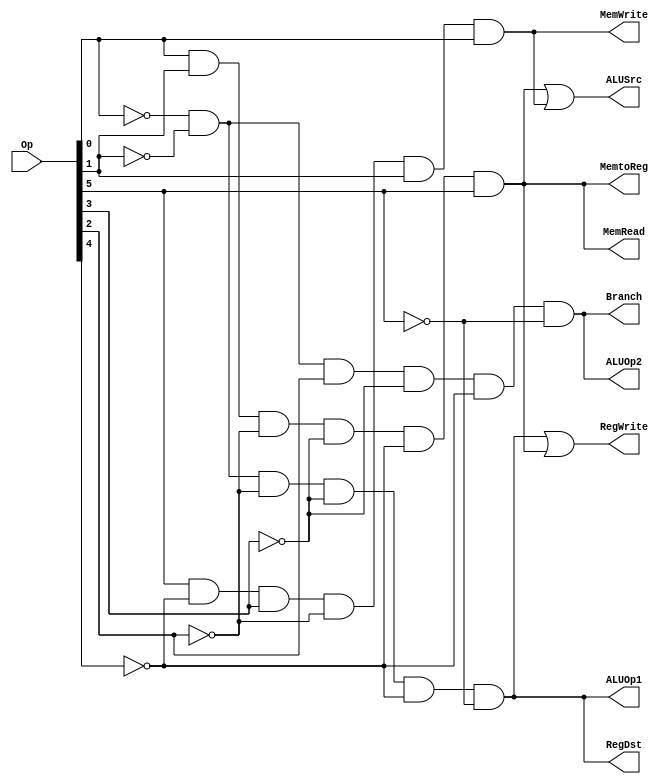
module ANDarray(RegDst,ALUSrc, MemtoReg, RegWrite, MemRead, MemWrite,Branch,ALUOp1,ALUOp2,Op);
	input [5:0] Op;
	output RegDst,ALUSrc,MemtoReg, RegWrite, MemRead, MemWrite,Branch,ALUOp1,ALUOp2;
	wire Rformat, lw,sw,beq;
	assign Rformat= (~Op[0])& (~Op[1])& (~Op[2])& (~Op[3])& (~Op[4])& (~Op[5]);
	assign lw=Op[0] & Op[1] & (~Op[2])& (~Op[3])& (~Op[4]) & Op[5];
	assign sw=Op[5] & ~(Op[4]) & Op[3] & ~(Op[2]) & Op[1] & Op[0];
	assign beq=(~Op[0])& (~Op[1])& (Op[2])& (~Op[3])& (~Op[4])& (~Op[5]);
	
	assign RegDst=Rformat;
	assign ALUSrc=lw | sw;
	assign MemtoReg=lw;
	assign RegWrite=Rformat|lw;
	assign MemRead=lw;
	assign MemWrite=sw;
	assign Branch=beq;
	assign ALUOp1=Rformat;
	assign ALUOp2=beq;
	
endmodule